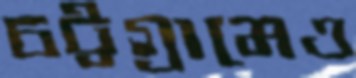
চট্টগ্রামেও